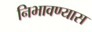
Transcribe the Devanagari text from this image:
निभावण्यास